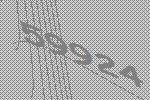
59924